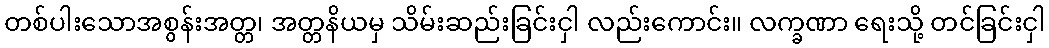
တစ်ပါးသောအစွန်းအတ္တ၊ အတ္တနိယမှ သိမ်းဆည်းခြင်းငှါ လည်းကောင်း။ လက္ခဏာ ရေးသို့ တင်ခြင်းငှါ